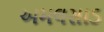
અમલસાડ